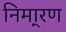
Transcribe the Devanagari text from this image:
निमा्रण